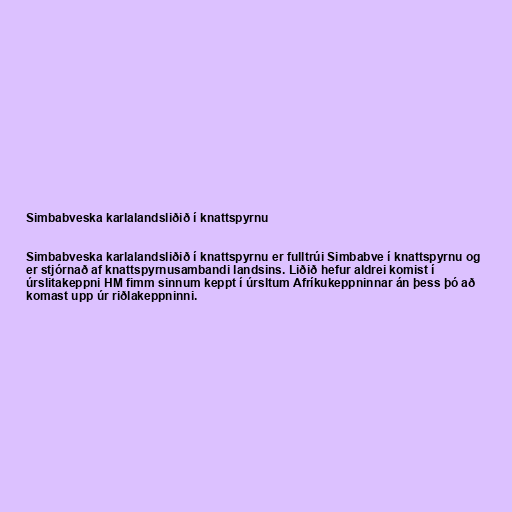
Simbabveska karlalandsliðið í knattspyrnu

Simbabveska karlalandsliðið í knattspyrnu er fulltrúi Simbabve í knattspyrnu og
er stjórnað af knattspyrnusambandi landsins. Liðið hefur aldrei komist í
úrslitakeppni HM fimm sinnum keppt í úrsltum Afríkukeppninnar án þess þó að
komast upp úr riðlakeppninni.